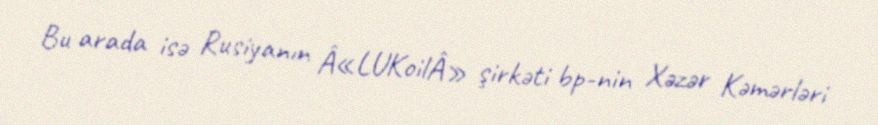
Bu arada isə Rusiyanın Â«LUKoilÂ» şirkəti bp-nin Xəzər Kəmərləri